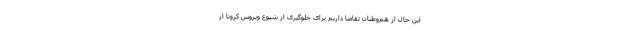
این حال از هم‌وطنان تقاضا داریم برای جلوگیری از شیوع ویروس کرونا از